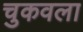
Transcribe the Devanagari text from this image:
चुकवला